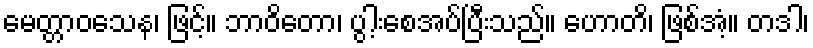
မေတ္တာဝသေန၊ ဖြင့်။ ဘာဝိတော၊ ပွါ့းစေအပ်ပြီးသည်။ ဟောတိ၊ ဖြစ်အံ့။ တဒါ၊